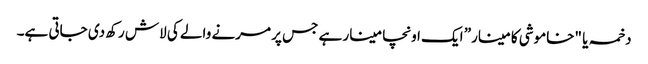
دخمہ یا "خاموشی کا مینار” ایک اونچا مینار ہے جس پر مرنے والے کی لاش رکھ دی جاتی ہے۔